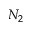
N _ { 2 }